Lunatic asylums Central Provinces reports 1886-1894 - 1886-1894
Year: 1886
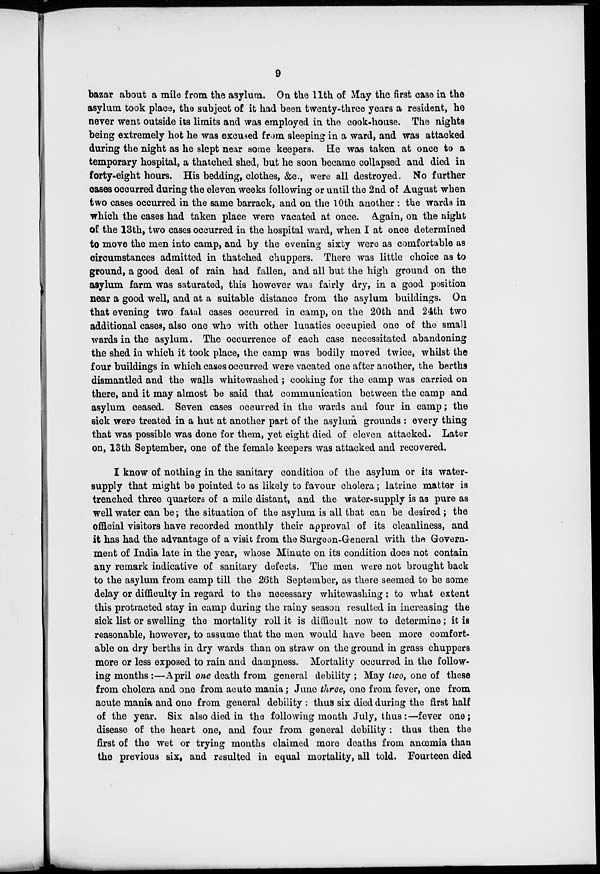
9
bazar about a mile from the asylum. On the 11th of May the first case in the
asylum took place, the subject of it had been twenty-three years a resident, he
never went outside its limits and was employed in the cook-house. The nights
being extremely hot he was excused from sleeping in a ward, and was attacked
during the night as he slept near some keepers. He was taken at once to a
temporary hospital, a thatched shed, but he soon became collapsed and died in
forty-eight hours. His bedding, clothes, &c., were all destroyed. No further
cases occurred during the eleven weeks following or until the 2nd of August when
two cases occurred in the same barrack, and on the 10th another : the wards in
which the cases had taken place were vacated at once. Again, on the night
of the 13th, two cases occurred in the hospital ward, when I at once determined
to move the men into camp, and by the evening sixty were as comfortable as
circumstances admitted in thatched chuppers. There was little choice as to
ground, a good deal of rain had fallen, and all but the high ground on the
asylum farm was saturated, this however was fairly dry, in a good position
near a good well, and at a suitable distance from the asylum buildings. On
that evening two fatal cases occurred in camp, on the 20th and 24th two
additional cases, also one who with other lunatics occupied one of the small
wards in the asylum. The occurrence of each case necessitated abandoning
the shed in which it took place, the camp was bodily moved twice, whilst the
four buildings in which cases occurred were vacated one after another, the berths
dismantled and the walls whitewashed; cooking for the camp was carried on
there, and it may almost be said that communication between the camp and
asylum ceased. Seven cases occurred in the wards and four in camp; the
sick were treated in a hut at another part of the asylum grounds : every thing
that was possible was done for them, yet eight died of eleven attacked. Later
on, 13th September, one of the female keepers was attacked and recovered.
I know of nothing in the sanitary condition of the asylum or its water-
supply that might be pointed to as likely to favour cholera; latrine matter is
trenched three quarters of a mile distant, and the water-supply is as pure as
well water can be; the situation of the asylum is all that can be desired ; the
official visitors have recorded monthly their approval of its cleanliness, and
it has had the advantage of a visit from the Surgeon-General with the Govern-
ment of India late in the year, whose Minute on its condition does not contain
any remark indicative of sanitary defects. The men were not brought back
to the asylum from camp till the 26th September, as there seemed to be some
delay or difficulty in regard to the necessary whitewashing : to what extent
this protracted stay in camp during the rainy season resulted in increasing the
sick list or swelling the mortality roll it is difficult now to determine; it is
reasonable, however, to assume that the men would have been more comfort-
able on dry berths in dry wards than on straw on the ground in grass chuppers
more or less exposed to rain and dampness. Mortality occurred in the follow-
ing months :—April one death from general debility ; May two, one of these
from cholera and one from acute mania; June three, one from fever, one from
acute mania and one from general debility : thus six died during the first half
of the year. Six also died in the following month July, thus :—fever one;
disease of the heart one, and four from general debility: thus then the
first of the wet or trying months claimed more deaths from anœmia than
the previous six, and resulted in equal mortality, all told. Fourteen died